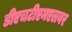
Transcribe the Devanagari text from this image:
डीएचटीएमएलवर